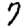
Digit: 7